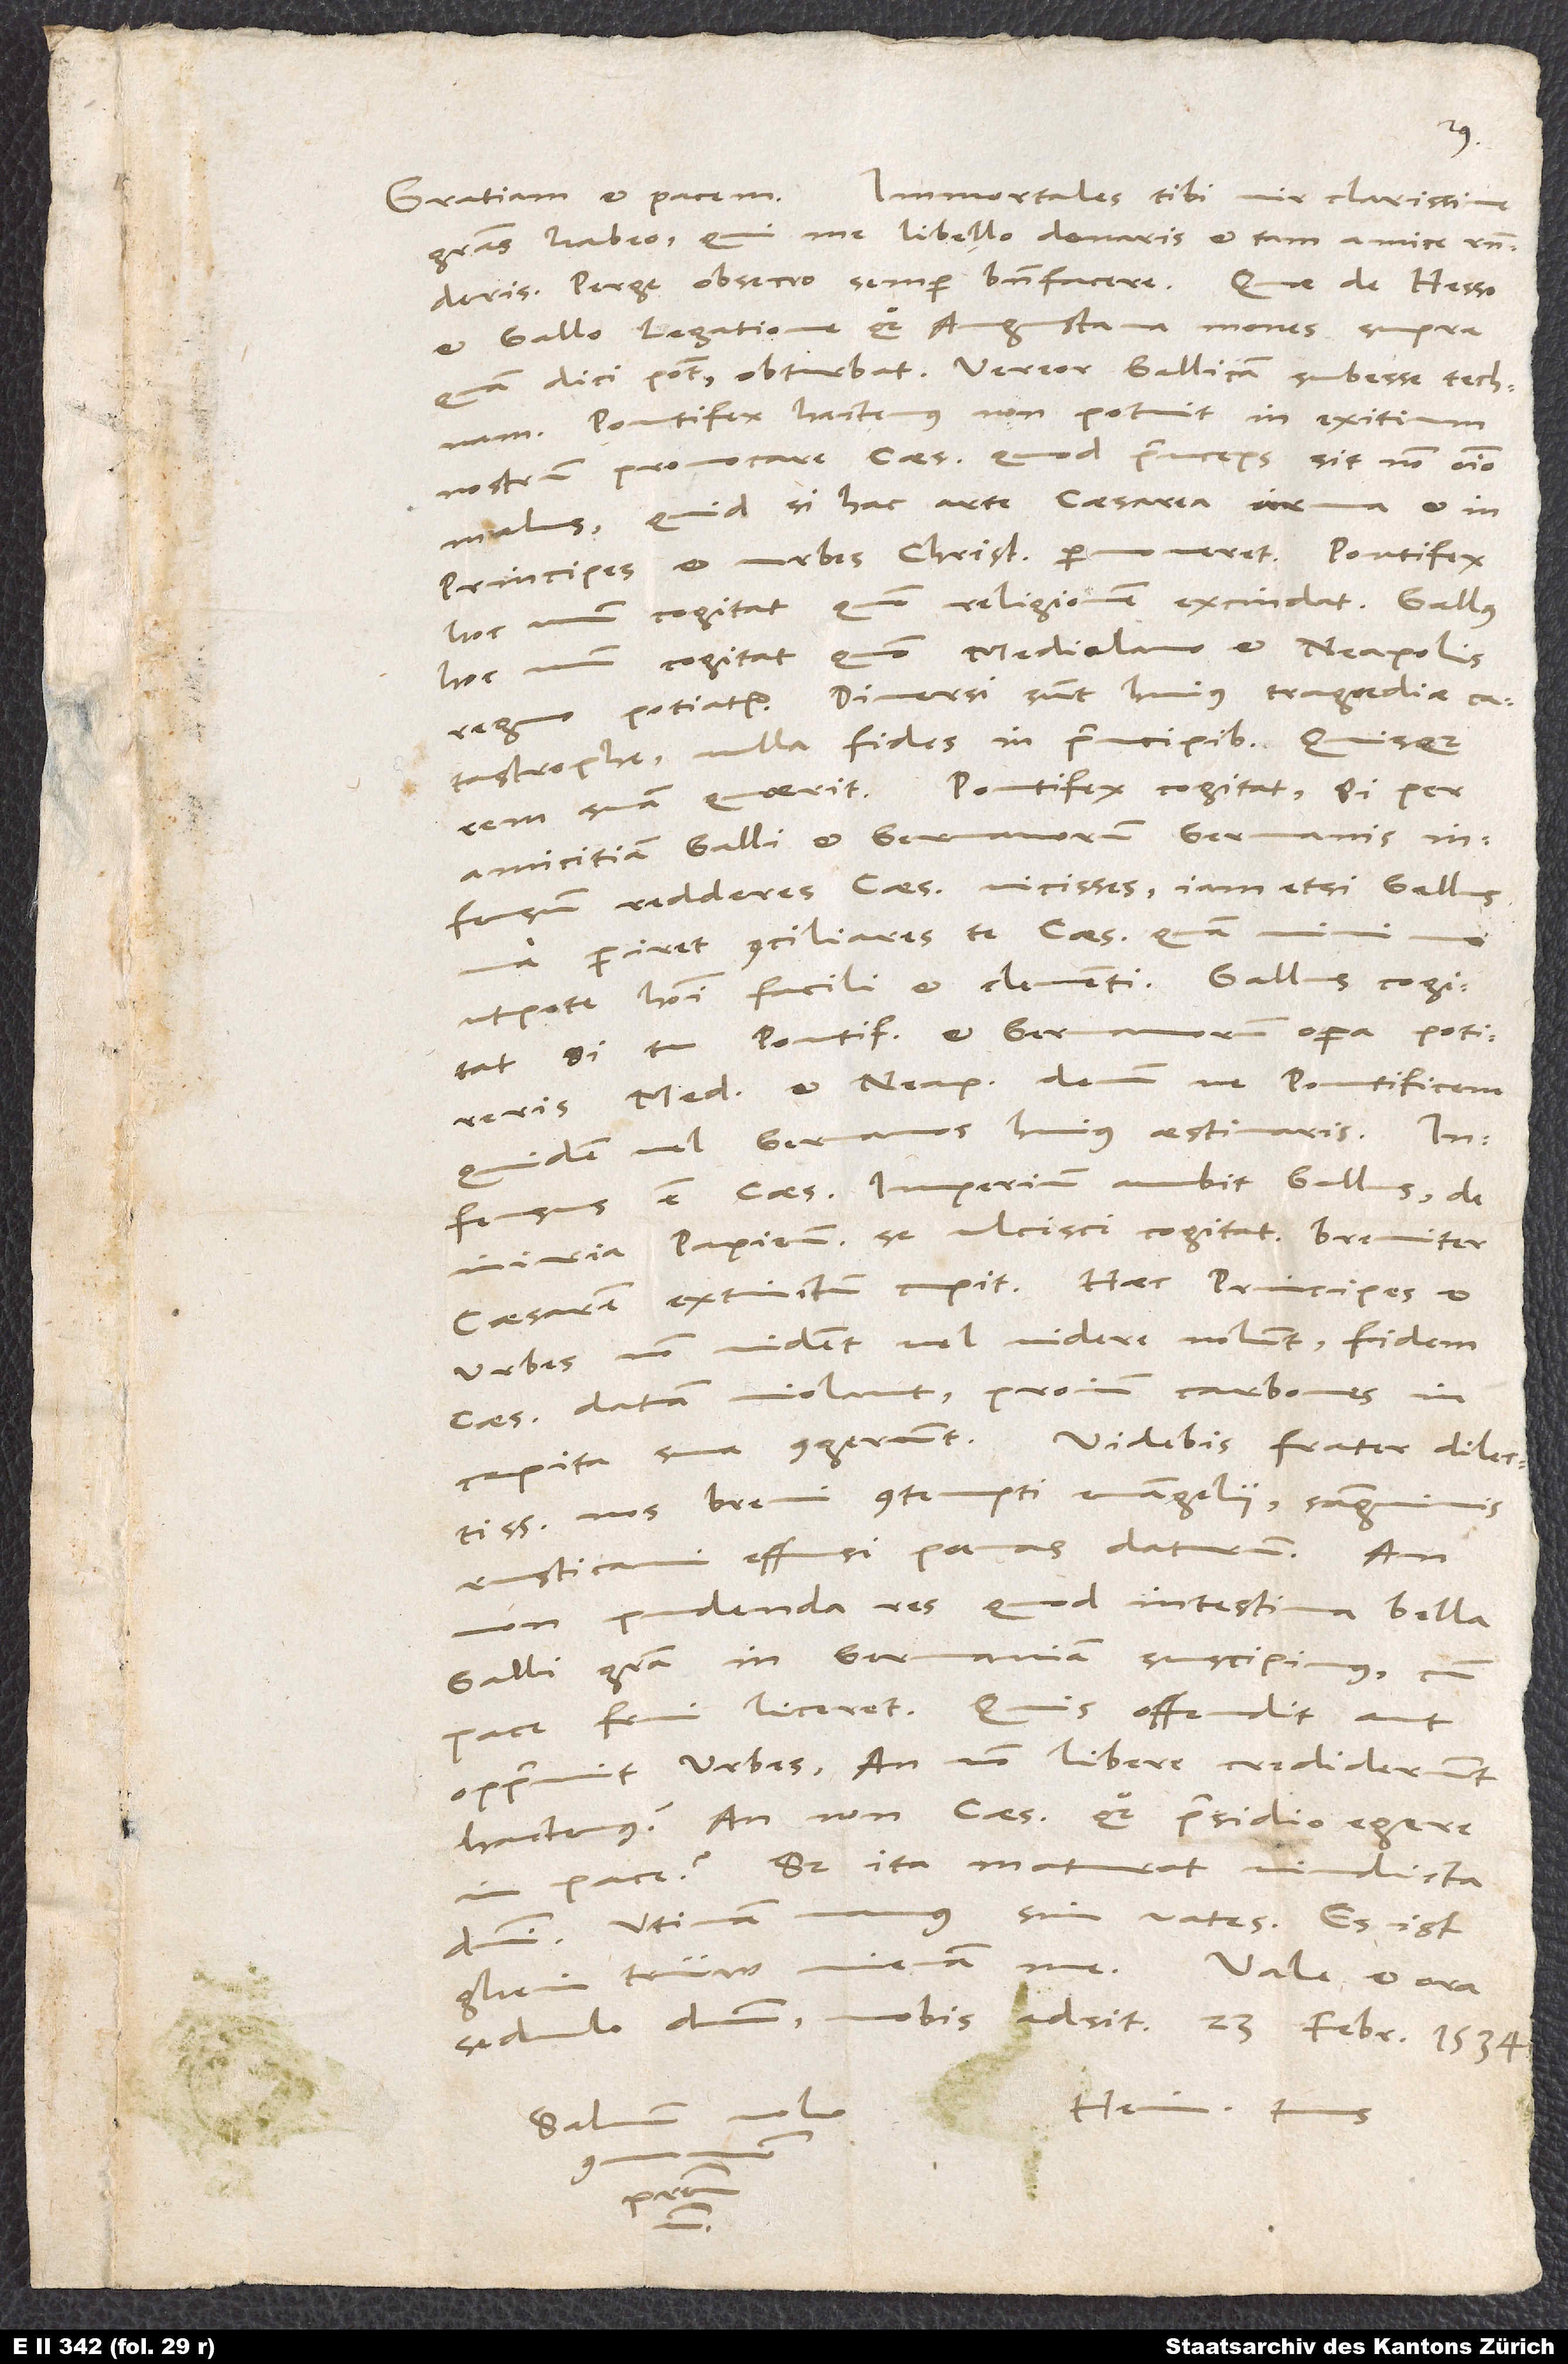
gratias habeo, qui me libello donaris et tam amice responderis.
et Gallo, legatione quoque Augustana mones, supra
quam dici potest, obturbat. Vereor Gallicam subesse technam.
Pontifex hactenus non potuit in exitium
nostrum provocare caesarem, quod princeps sit non omnino
malus. Quid, si hac arte caesarea arma et in
principes et urbes christianas provocaret? Pontifex
hoc unum cogitat, quomodo religionem excindat.
hoc unum cogitat, quomodo Mediolano et Neapolis
regno potiatur. Diversi sunt huius tragoediae
catastrophe. Nulla fides in principibus. Quisque
rem suam quaerit. Pontifex cogitat: Si per
amicitiam Galli et Germanorum Germanis
infensum redderes caesarem, vicisses. Iam etsi Gallus
periret, conciliares te caesari quam
utpote homini facili et clementi. Gallus cogitat:
Si tu pontificis et Germanorum opera potireris
quidem vel Germanos huius aestimaris.
Infensus est caesar. Imperium ambit Gallus, de
iniuria papiensi se ulcisci cogitat, breviter
caesarem extinctum cupit. Haec principes et
urbes non vident vel videre nolunt, fidem
caesari datam violant, proinde carbones in
capita sua congerunt. Videbis, frater dilectissime,
nos brevi contempti evangelii, sanguinis
rusticani effusi poenas daturos. Annon
pudenda res, quod intestina bella
Galli gratia in Germaniam suscipimus, cum
pace frui liceret? Quis offendit aut
opprimit urbes? Annon libere crediderunt
hactenus? Annon caesaris quoque praesidio egere
pace? Sed ita maturat vindicta
sim vates. Es ist
domini. Utinam
Hein. tuus.
Salvum volo